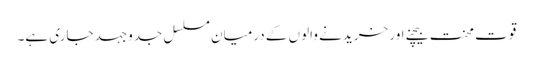
قوت محنت بیچنے اور خریدنے والوں کے درمیان مسلسل جدوجہد جاری ہے۔